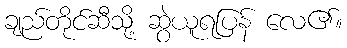
ချည်တိုင်ဆီသို့ ဆွဲယူရပြန် လေ၏။